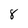
Character: 8